Vaccination in the Punjab 1905-1918 - 1905-1918
Year: 1905
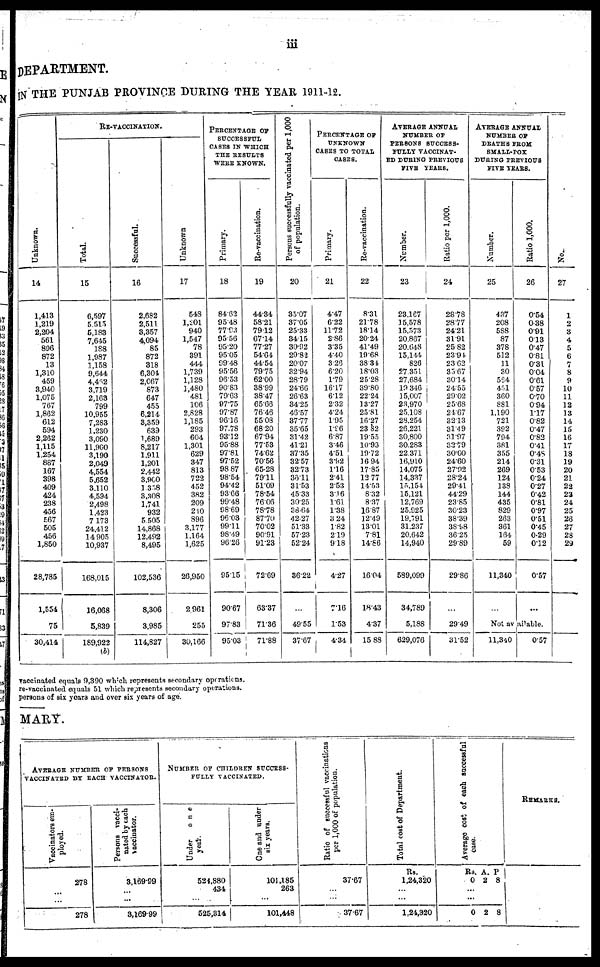
iii
DEPARTMENT.
IN THE PUNJAB PROVINCE DURING THE YEAR 1911-12.
Unknown.
14
1,413
1,219
2,204
561
896
872
13
1,310
459
3,940
1,075
767
1,862
612
594
2,262
1,115
1,254
887
167
398
409
424
238
456
567
505
456
1,850
28,785
1,554
75
30,414
RE-VACCINATION.
Total.
15
6,597
5,515
5,183
7,645
188
1,987
1,158
9,644
4,462
3,719
2,163
799
10,955
7,283
1,230
3,090
11,900
3,190
2,049
4,554
5,652
3,110
4,594
2,498
1,423
7,173
24,412
14,905
10,937
168,015
16,068
5,839
189,922
(b)
Successful.
16
2,682
2,511
3,357
4,094
85
872
318
6,304
2,067
873
647
455
6,214
3,359
639
1,689
8,217
1,911
1,201
2,442
3,900
1,338
3,308
1,741
932
5,505
14,868
12,492
8,495
102,536
8,306
3,985
114,827
Unknown
17
548
1,201
940
1,547
78
391
444
1,739
1,128
1,480
481
106
2,828
1,185
293
604
1,301
629
347
813
722
452
382
209
210
896
3,177
1,164
1,625
26,950
2 961
255
30,166
PERCENTAGE OF
SUCCESSFUL
CASES IN WHICH
THE RESULTS
WERE KNOWN.
Primary.
18
8463
95.48
77.93
95.56
95.20
95.05
99.48
95.56
96.53
90.83
79.63
97.75
97.87
96.16
97.78
93.12
95.88
97.81
97.52
98.87
98.54
94.42
93.66
99.48
98.69
96.03
99.11
98.49
96.26
95.15
90.67
97.83
95.03
Re-vaccination.
19
44.34
58.21
79.12
67.14
77.27
54.64
44.54
79.75
62.00
38.99
38.47
65.66
76.46
55.08
68.20
67.94
77.53
74.62
70.56
65.28
79.11
51.09
78.54
76.06
78.78
87.70
70.02
90.91
91.23
72.69
63.37
71.36
71.88
Persons successfully vaccinated per 1,000
of population.
20
35.07
37.05
25.33
34.15
30.92
29.82
20.07
32.94
28.79
24.66
26.63
34.25
46.57
37.77
35.65
31.42
41.21
37.35
32.57
32.73
36.11
31.53
45.33
30.25
38.64
42.27
51.33
57.23
52.24
36.22
...
49.55
37.67
PERCENTAGE OF
UNKNOWN
CASES TO TOTAL
CASES.
Primary.
21
4.47
6.22
11.72
2.86
3.35
4.40
3.26
6.20
1.79
16.17
6.12
2.32
4.24
1.95
1.96
6.87
3.46
4.51
3.92
1.16
2.41
2.53
3.16
1.61
1.38
3.24
1.82
2.19
9.18
4.27
7.16
1.53
4.34
Re-vaccination.
22
8.31
21.78
18.14
20.24
41.49
19.68
38.34
18.03
25.28
39.80
22.24
13.27
25.81
16.27
23.82
19.55
10.93
19.72
16.94
17.85
12.77
14.53
8.32
8.37
16.87
12.49
13.01
7.81
14.86
16.04
18.43
4.37
15.88
AVERAGE ANNUAL
NUMBER OF
PERSONS SUCCESS-
----- VACCINAT-
-- DURING PREVIOUS
FIVE YEARS.
Number.
23
23,167
15,578
15,573
20,867
20,648
15,144
826
27,351
27,684
19,346
15,007
23,970
25,108
28,254
26,221
30,800
30,283
22,371
16,910
14,075
14,337
l5,154
15,121
12,769
25,925
19,791
31,237
20,642
14,940
589,099
34,789
5,188
629,076
Ratio per 1,000.
24
28.78
28.77
24.21
31.91
25.82
23.94.
23.62
35.67
30.14
24.55
29.02
25.68
24.67
32.13
31.49
31.97
32.79
30.00
24.60
27.92
28.24
29.41
44.29
23.85
30.23
38.39
38.98
36.25
29.89
29.86
...
29.49
31.52
AVERAGE ANNUAL
NUMBER OF
DEATHS FROM
SMALL-POX
DURING PREVIOUS
FIVE YEARS.
Number.
25
437
208
588
87
378
512
11
30
554
451
360
881
1,190
721
392
794
381
355
214
269
124
138
144
435
829
263
361
164
59
11,340
...
Ratio 1,000.
26
0.54
0.38
0.91
0.13
0.47
0.81
0.31
0.04
0.61
0.57
0.70
0.94
1.17
0.82
0.47
0.82
0.41
0.48
0.31
0.53
0.24
0.27
0.42
0.81
0.97
0.51
0.45
0.29
0.12
0.57
...
Not available.
11,340
0.57
No.
27
1
2
3
4
5
6
7
8
9
10
11
12
13
14
15
16
17
18
19
20
21
22
23
24
25
26
27
28
29
vaccinated equals 9,390 which represents secondary operations.
re-vaccinated equals 51 which represents secondary opterations.
persons of six years and over six years of age.
MARY.
AVERAGE NUMBER OF PERSONS
VACCINATED BY EACH VACCINATOR.
Vaccinators em-
ployed.
278
...
...
278
Persons vacci-
nated by each
vaccinator.
3,169.99
...
...
3,169.99
NUMBER OF CHILDREN SUCCESS-
----- VACCINATED.
Under one
year.
524,880
434
...
525,314
One and under
six years.
101,185
263
...
101,448
Ratio of successful vaccinations
per 1,000 of population.
37.67
...
...
3767
Total cost of Department.
Rs.
1,24,320
...
...
1,24,320
Ave r
a ge cost of each successful
case.
Rs.
0
...
...
0
A.
2
2
P
8
8
REMARKS.